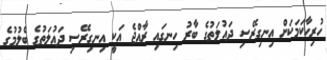
ހުރިހާކަމަކަށް އިނގިރޭސި ދައުލަތުގެ ބާރު ހިނގައި ރާއްޖެ އަކީ އިނގިރޭސި ދައުލަތުގެ ބެލުމުގެ